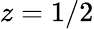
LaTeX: z=1/2